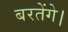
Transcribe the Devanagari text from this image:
बरतेंगे।